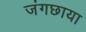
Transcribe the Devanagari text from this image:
जंगछाया